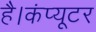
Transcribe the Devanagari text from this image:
है।कंप्यूटर